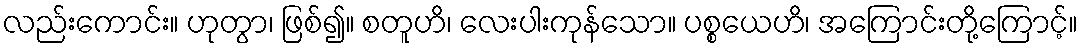
လည်းကောင်း။ ဟုတွာ၊ ဖြစ်၍။ စတူဟိ၊ လေးပါးကုန်သော။ ပစ္စယေဟိ၊ အကြောင်းတို့ကြောင့်။